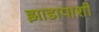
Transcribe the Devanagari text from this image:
झाडापाशी